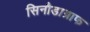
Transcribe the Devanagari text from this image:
सिनौडाग्राफ